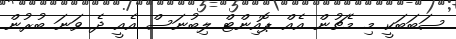
ސަބަބަކީ މި މެޗުން އެއް ޕޮއިންޓް ލިބުނަސް އެއީ ދެ ވަނަ ބުރުން